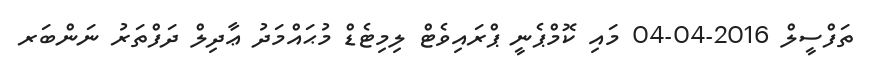
ތަފްސީލް 2016-04-04 މައި ކޮމްޕެނީ ޕްރައިވެޓް ލިމިޓެޑް މުޙައްމަދު ޢާދިލް ދަފްތަރު ނަންބަރ